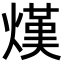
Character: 熯